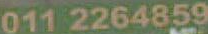
0112264859